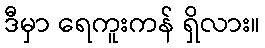
ဒီမှာ ရေကူးကန် ရှိလား။